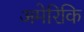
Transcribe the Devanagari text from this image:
अमेरिकि